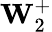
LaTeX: \textbf{W}_{2}^{+}